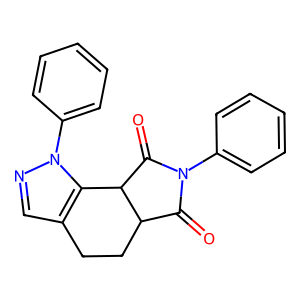
SMILES: O=C1C2CCc3cnn(-c4ccccc4)c3C2C(=O)N1c1ccccc1
Inhibits HIV replication: No